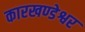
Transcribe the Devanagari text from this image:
कारखण्डेश्वर